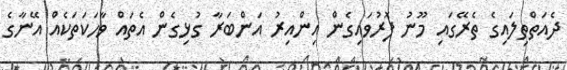
ދެއަތްތިލައިގެ ތެރޭގައި މޫނު ފޮރުވައިގެން އިންއިރު އަންބަރާ ގުޅިގެން އެތައް ވާހަކަތަކެއް އޭނާގެ